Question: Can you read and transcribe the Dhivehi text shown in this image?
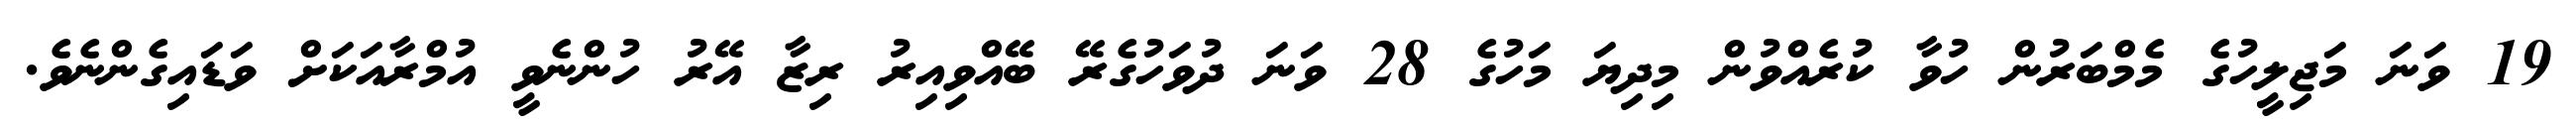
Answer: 19 ވަނަ މަޖިލީހުގެ މެމްބަރުން ހުވާ ކުރެއްވުން މިދިޔަ މަހުގެ 28 ވަނަ ދުވަހުގެރޭ ބޭއްވިއިރު ރިޒާ އޭރު ހުންނެވީ އުމްރާއަކަށް ވަޑައިގެންނެވެ.